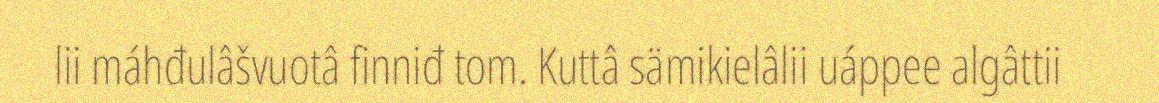
lii máhđulâšvuotâ finniđ tom. Kuttâ sämikielâlii uáppee algâttii